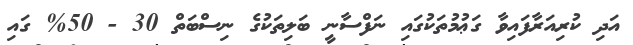
އަދި ކުރިއަރާފައިވާ ގަޢުމުތަކުގައި ނަފްސާނީ ބަލިތަކުގެ ނިސްބަތް 30 - 50% ގައި